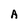
Character: A